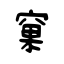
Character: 窠